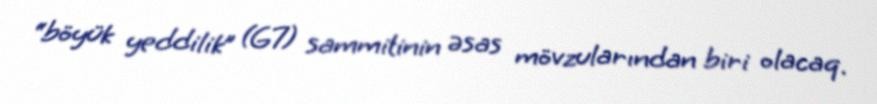
“böyük yeddilik” (G7) sammitinin əsas mövzularından biri olacaq.